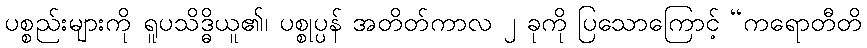
ပစ္စည်းများကို ရူပသိဒ္ဓိယူ၏၊ ပစ္စုပ္ပန် အတိတ်ကာလ ၂ ခုကို ပြသောကြောင့် “ကရောတီတိ